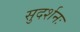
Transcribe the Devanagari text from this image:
सुदर्शनः